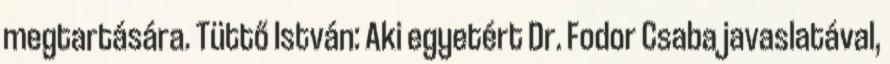
megtartására. Tüttő István: Aki egyetért Dr. Fodor Csaba javaslatával,